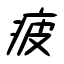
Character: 疲